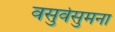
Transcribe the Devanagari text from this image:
वसुर्वसुमना